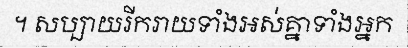
។ សប្បាយរីករាយទាំងអស់គ្នាទាំងអ្នក